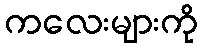
ကလေးများကို